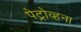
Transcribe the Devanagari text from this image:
पेट्रोव्हना